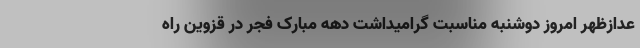
عدازظهر امروز دوشنبه مناسبت گرامیداشت دهه مبارک فجر در قزوین راه